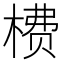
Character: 𬃮